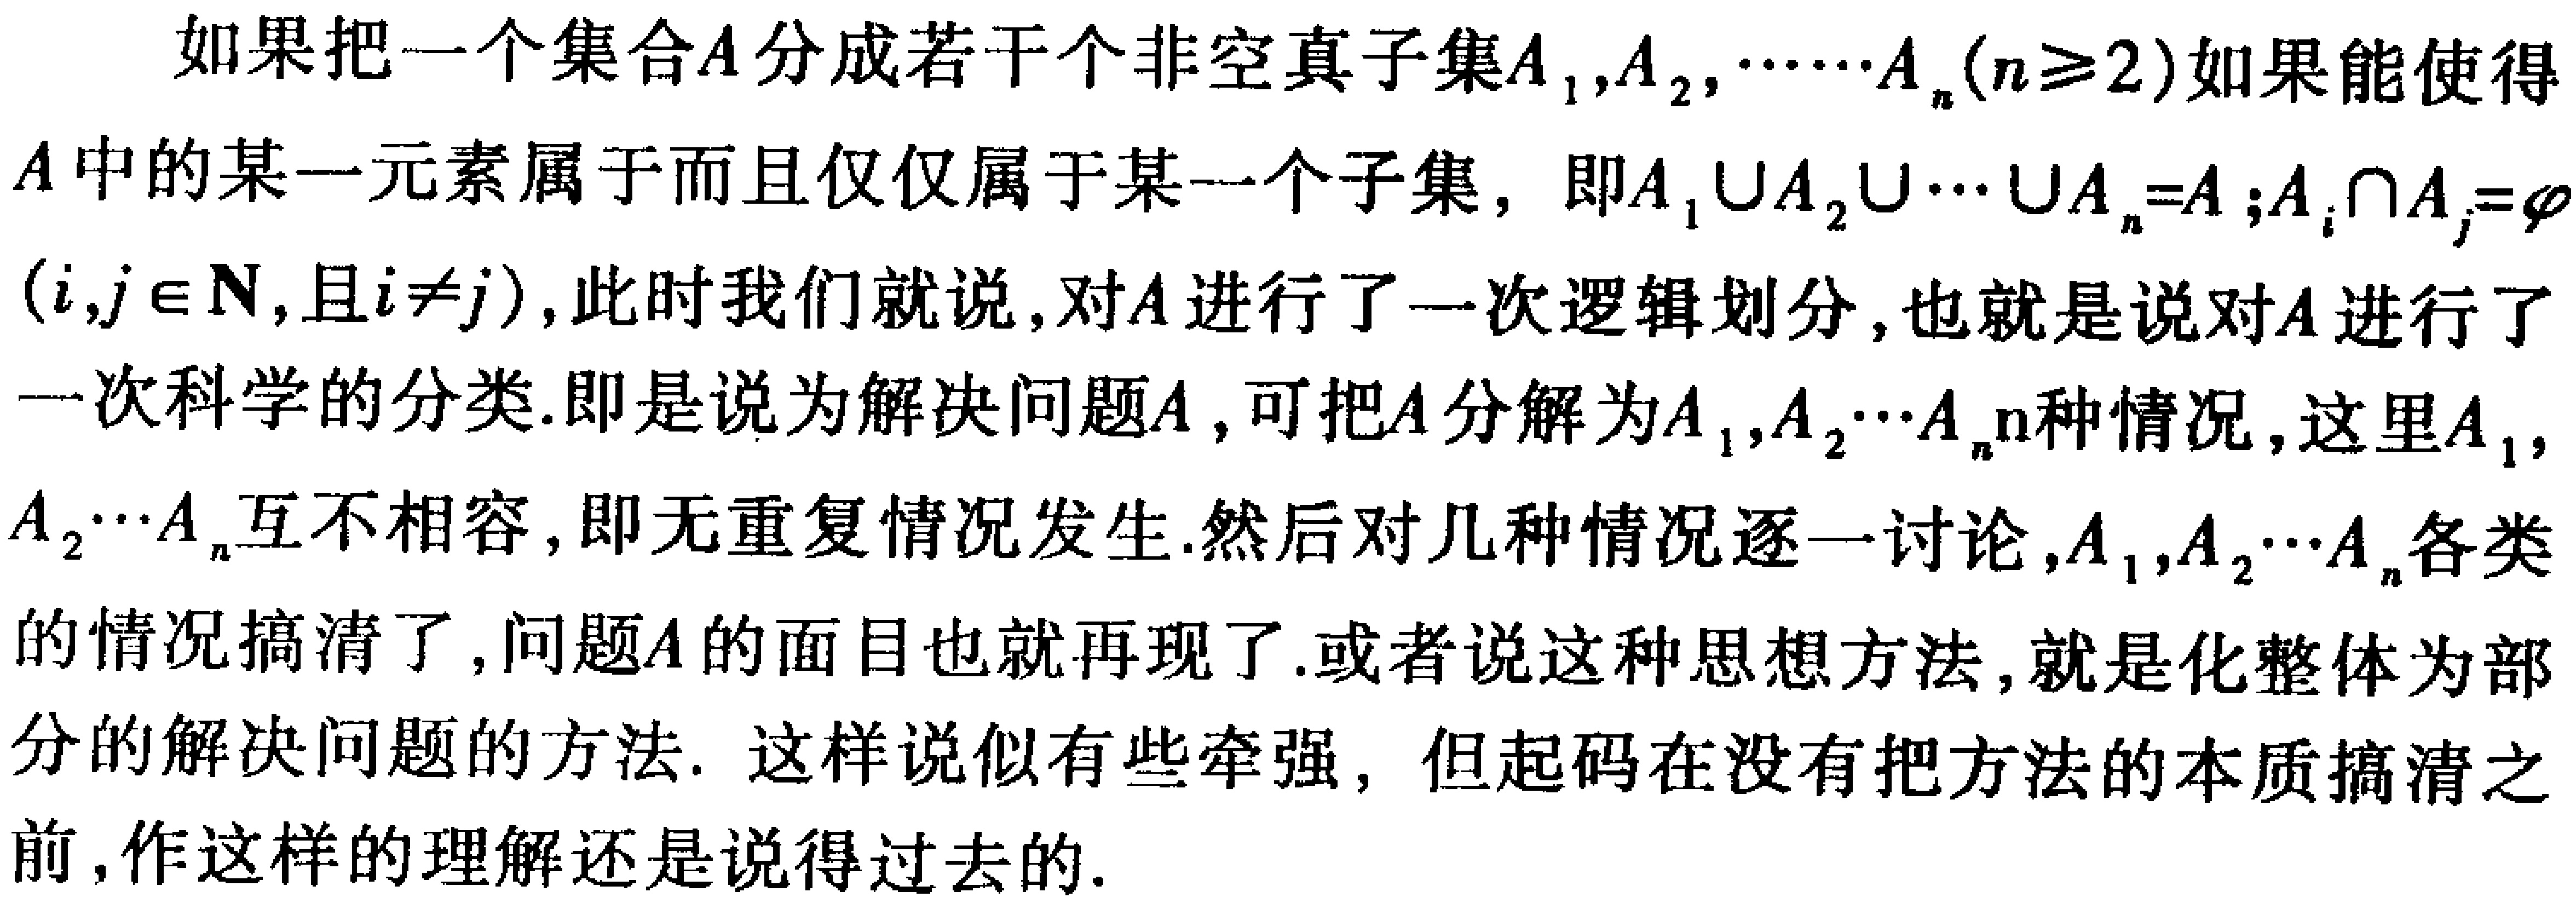
如果把一个集合\(A\)分成若干个非空真子集\(A_1,A_2,\cdots\cdots A_n(n\geq2)\)如果能使得\(A\)中的某一元素属于而且仅仅属于某一个子集，即\(A_1\cup A_2\cup\cdots\cup A_n = A\); \(A_i\cap A_j=\varnothing\) \((i,j\in\mathbf{N},\text{且}i\neq j)\)，此时我们就说，对\(A\)进行了一次逻辑划分，也就是说对\(A\)进行了一次科学的分类.即是说为解决问题\(A\)，可把\(A\)分解为\(A_1,A_2\cdots A_n\)种情况，这里\(A_1\)，\(A_2\cdots A_n\)互不相容，即无重复情况发生.然后对几种情况逐一讨论，\(A_1,A_2\cdots A_n\)各类的情况搞清了，问题\(A\)的面目也就再现了.或者说这种思想方法，就是化整体为部分的解决问题的方法. 这样说似有些牵强，但起码在没有把方法的本质搞清之前，作这样的理解还是说得过去的.